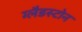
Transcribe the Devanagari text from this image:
ग्‍लैडस्‍टोन